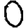
Digit: 0